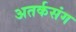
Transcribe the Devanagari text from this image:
अतर्कसंग